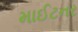
માઈટનર